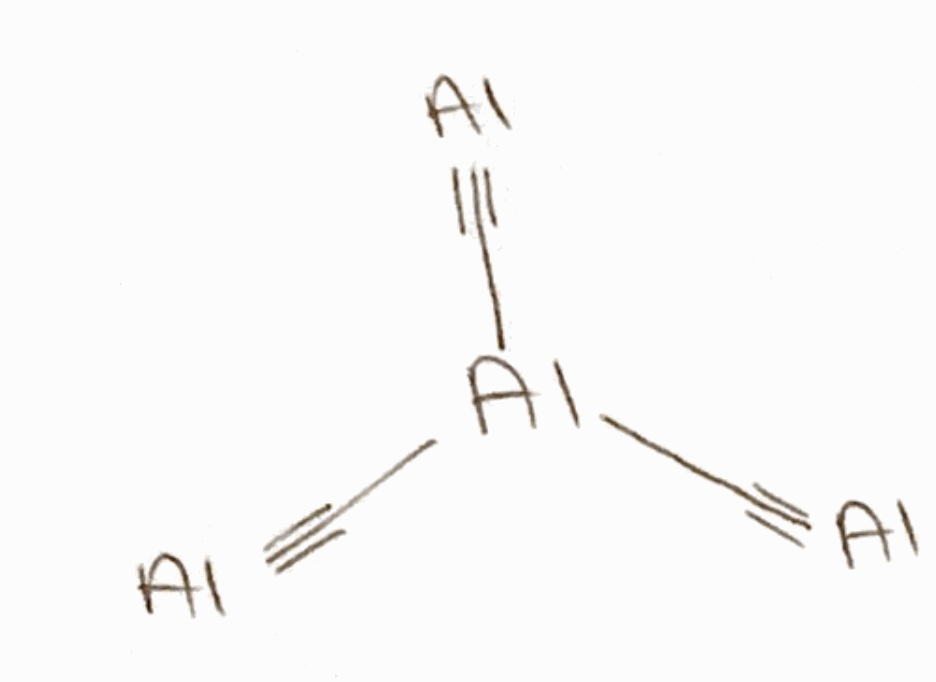
Simplified molecular-input line-entry system (SMILES) notation of the given molecule:
C(#[Al])[Al](C#[Al])C#[Al]